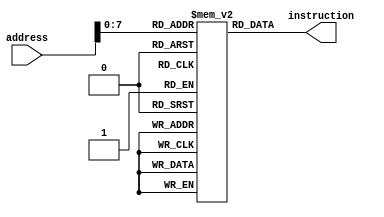
module i_mem (
    input [31:0] address, // Endereo da instruo
    output reg [31:0] instruction // Instruo no endereo especificado
);

// Suponha que voc tenha um conjunto de instrues hardcoded para teste
reg [31:0] memory [255:0]; // 256 instrues de 32 bits

always @(address) begin
    instruction = memory[address];
end

endmodule